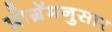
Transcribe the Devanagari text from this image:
प्रोग्रॅमनुसार